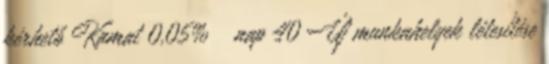
kérhető Kamat 0,05% nap 40 Új munkahelyek létesítése